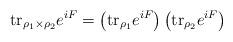
LaTeX: \begin{align*}{\rm tr}_{\rho_1 \times \rho_2} e^{iF} = \left({\rm tr}_{\rho_1 }e^{iF} \right) \left( {\rm tr}_{\rho_2} e^{iF} \right)\end{align*}